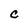
Character: C